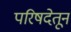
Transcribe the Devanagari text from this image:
परिषदेतून